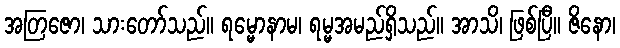
အတြဇော၊ သားတော်သည်။ ရမ္မောနာမ၊ ရမ္မအမည်ရှိသည်။ အာသိ၊ ဖြစ်ပြီ။ ဇိနော၊